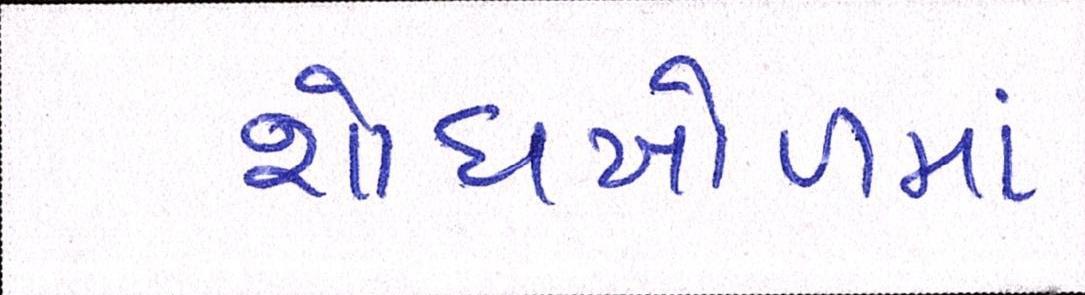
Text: શોધખોળમાં